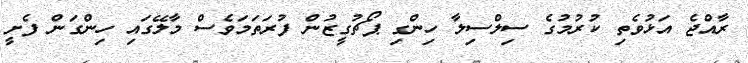
ރާއްޖެ އަޅުވެތި ކުރުމުގެ ސިލްސިލާ ހިންގި ޕޯޗުގީޒުން ފުރަތަމަވެސް މާލޭގައި ހިންގަން ފެށީ